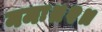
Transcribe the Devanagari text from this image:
नमः॥२॥